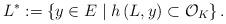
LaTeX: \begin{align*}L^{*}:= \left\lbrace y \in E \mid h\left(L,y\right) \subset {\mathcal O}_K \right\rbrace. \end{align*}